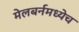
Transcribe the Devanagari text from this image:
मेलबर्नमध्येच